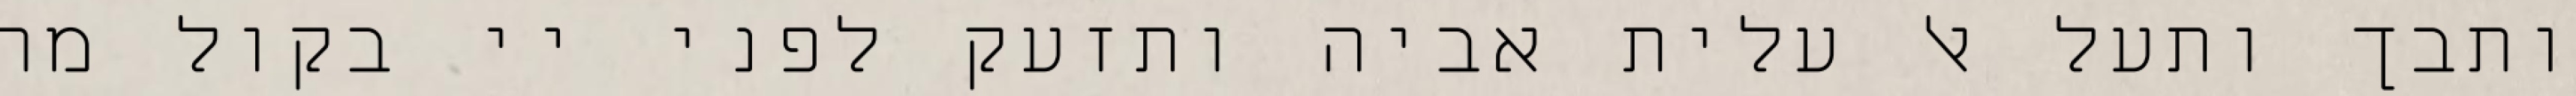
ותבך ותעל אל עלית אביה ותזעק לפני יי בקול מר